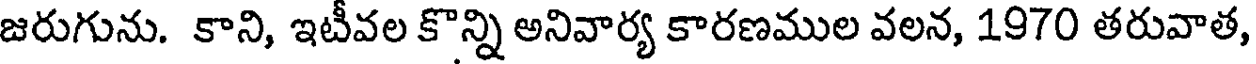
జరుగును. కాని, ఇటీవల కొన్ని అనివార్య కారణముల వలన, 1970 తరువాత,